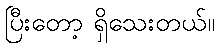
ပြီးတော့ ရှိသေးတယ်။